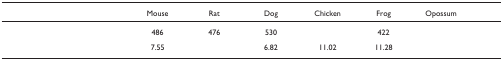
<table><thead><tr><td>[EMPTY_CELL]</td><td><b>Mouse</b></td><td><b>Rat</b></td><td><b>Dog</b></td><td><b>Chicken</b></td><td><b>Frog</b></td><td><b>Opossum</b></td></tr></thead><tbody><tr><td>[EMPTY_CELL]</td><td>486</td><td>476</td><td>530</td><td>[EMPTY_CELL]</td><td>422</td><td>[EMPTY_CELL]</td></tr><tr><td>[EMPTY_CELL]</td><td>7.55</td><td>[EMPTY_CELL]</td><td>6.82</td><td>11.02</td><td>11.28</td><td>[EMPTY_CELL]</td></tr></tbody></table>